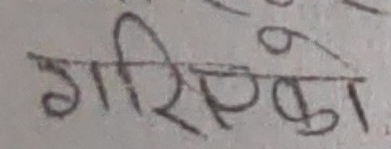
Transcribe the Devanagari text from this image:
गरिएका